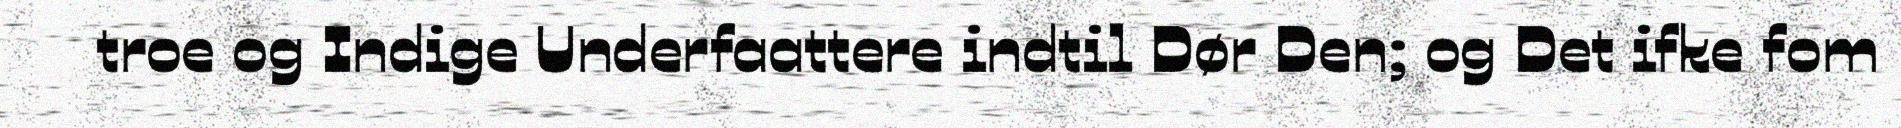
troe og Indige Underfaattere indtil Dør Den; og Det ifke fom